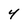
Character: 4